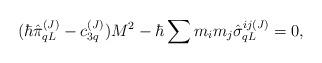
LaTeX: \begin{align*}(\hbar \hat\pi_{qL}^{(J)} - c_{3q}^{(J)}) M^2 - \hbar \sum m_i m_j \hat\sigma_{qL}^{ij(J)} =0,\end{align*}